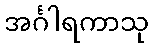
အင်္ဂါရကာသု